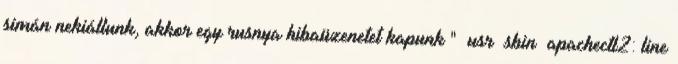
simán nekiállunk, akkor egy rusnya hibaüzenetet kapunk " usr sbin apachectl2: line